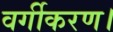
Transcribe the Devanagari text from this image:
वर्गीकरण।